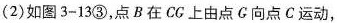
(2)如图3-13③，点B在CC上由点G向点C运动，